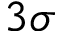
3 \sigma